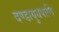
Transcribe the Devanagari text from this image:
दण्डायुधपाणि